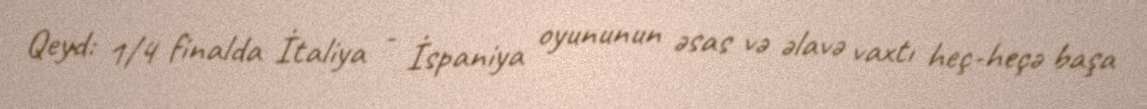
Qeyd: 1/4 finalda İtaliya - İspaniya oyununun əsas və əlavə vaxtı heç-heçə başa